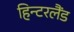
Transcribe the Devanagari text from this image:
हिन्टरलैंड